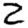
Digit: 2